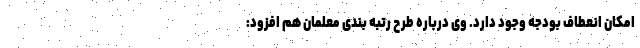
امکان انعطاف بودجه وجود دارد. وی درباره طرح رتبه بندی معلمان هم افزود: